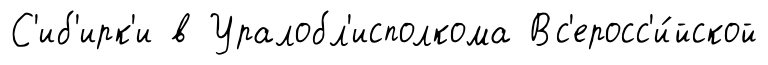
С'иб'ирк'и в Уралобл'исполкома Вс'еросс'и́йской